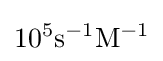
10^{5}{\rm {s}}^{-1}{\rm {M}}^{-1}